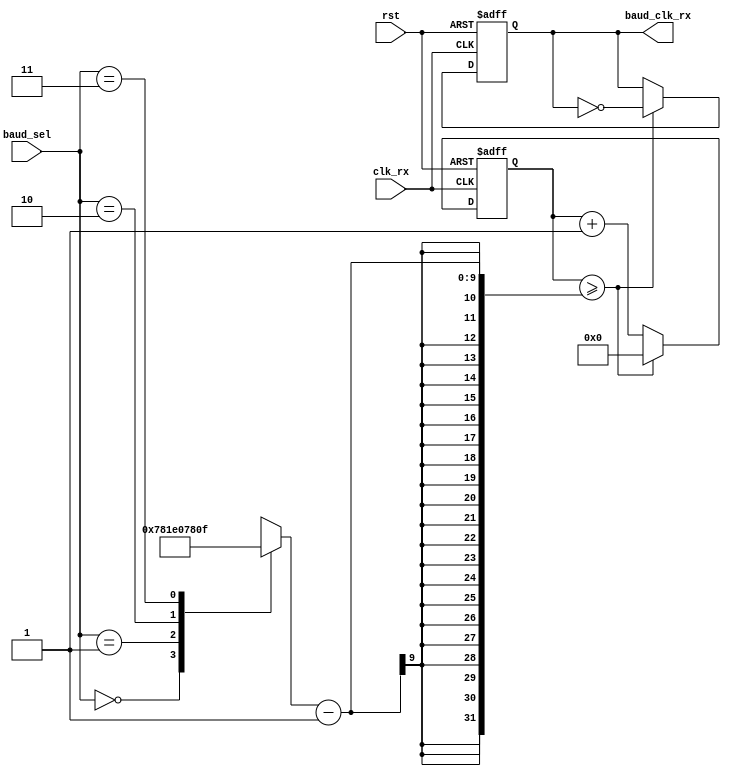
`timescale 1ns / 1ps
//////////////////////////////////////////////////////////////////////////////////

// Module Name: baudrategenerator_rx
// Project Name: UART receiver 

//////////////////////////////////////////////////////////////////////////////////


module baudrategenerator_rx(
input wire clk_rx,
input wire [1:0] baud_sel,
input wire rst,
output reg baud_clk_rx
    );
    
//Taking the baud divisor values for clock frequency 18.432 MHz
//The final divisor values will be divided by 2 and stored the register "final_value", so that the baud_clk toggles once it reaches this value.
//the "counter" will count till the final value and then reset itself.
//formula used for calculating baud divisor. Baud Divisor = 18.432*10^6/(16*Baudrate)
//Note: We are dividing by 16 also, because we are oversampling by 16, which means it takes 16 pulses to determine the bit value accurately.
//Tried using different clock speeds for both the receiver module and transmitter module but since the calculations had to be very precise so that that the baud clocks of both will be perfectly synchronised
//Chose the same system clock for simplicity
reg [8:0] final_value;
reg [9:0] counter;

always @(*) begin
    case(baud_sel)
    2'b00: final_value = 10'd240; //Baudrate=2400   //note to self: always use the same no.of digits as the register
    2'b01: final_value = 10'd120; //Baudrate=4800
    2'b10: final_value = 10'd60;  //Baudrate=9600
    2'b11: final_value = 10'd15;  //Baudrate=38400
    default: final_value = 10'd60;  //Baudrate=9600    
    endcase
end   

//The baud_clk and the counter will be reset whenever the "rst" is low (active low reset)
//If the counter reaches the final value the counter will reset to zero and baud_clk will toggle
//Else the counter will increment by one at every positive edge of the system clock and the baud_clk will remain in the same state

always @(posedge clk_rx or negedge rst) begin

if (~rst) begin
   counter <= 9'd0;
   baud_clk_rx <= 1'b0;
  end
else if (counter >=final_value-1) begin   
   counter <= 9'd0 ;
   baud_clk_rx <= ~baud_clk_rx; 
  end
else begin
   counter <= counter+1'd1 ;
   baud_clk_rx<= baud_clk_rx; 
  end
  
end    

endmodule